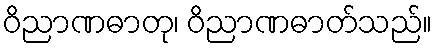
ဝိညာဏဓာတု၊ ဝိညာဏဓာတ်သည်။